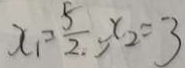
x _ { 1 } = \frac { 5 } { 2 } , x _ { 2 } = 3